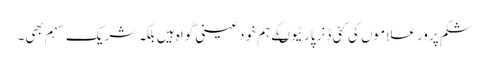
شکم پرور علاموں کی کئی ڈنر پارٹیوںکے ہم خود عینی گواہ ہیں بلکہ شریک سہم بھی۔